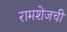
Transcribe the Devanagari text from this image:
रामशेजची